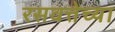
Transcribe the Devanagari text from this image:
रसवत्तेच्या